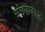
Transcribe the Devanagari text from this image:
संख्यावचक